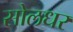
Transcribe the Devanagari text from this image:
सोलधर